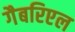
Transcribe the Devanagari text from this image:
गैबरिएल